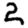
Digit: 2